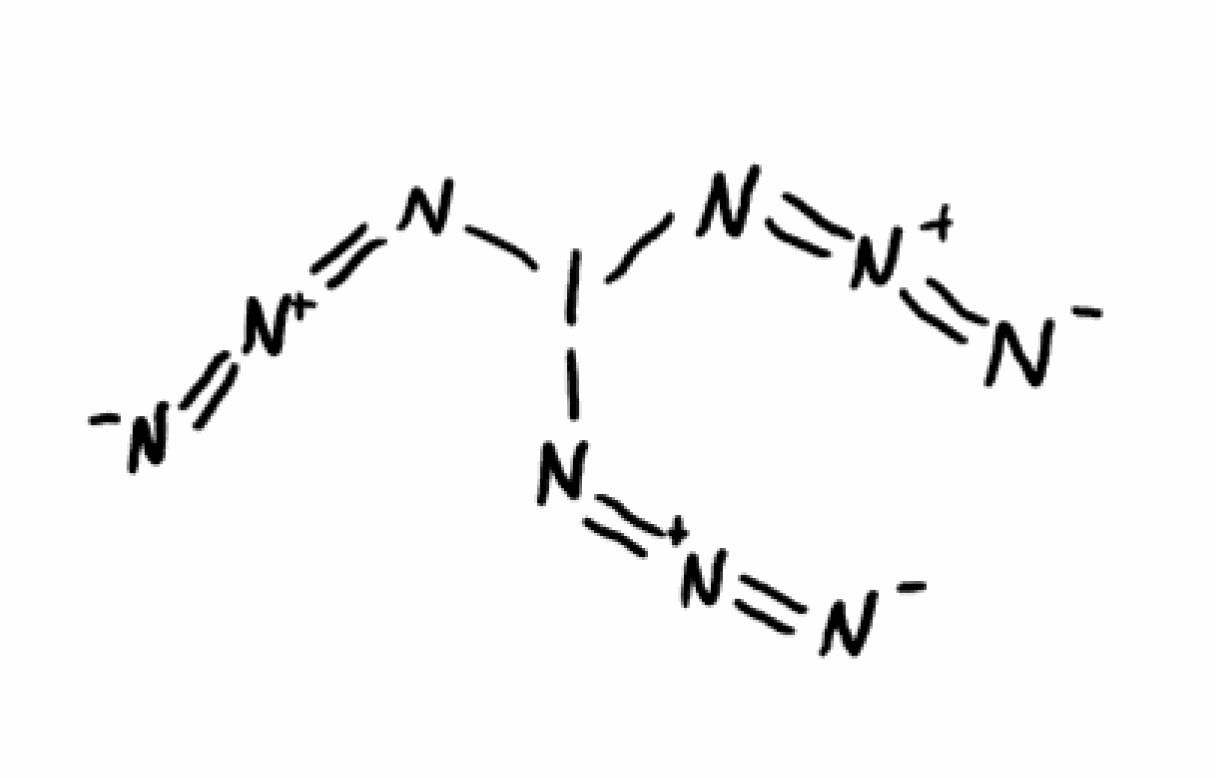
Simplified molecular-input line-entry system (SMILES) notation of the given molecule:
[N-]=[N+]=NI(N=[N+]=[N-])N=[N+]=[N-]